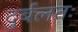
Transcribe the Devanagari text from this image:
दुर्बलतः